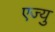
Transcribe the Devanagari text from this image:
एज्‍यु